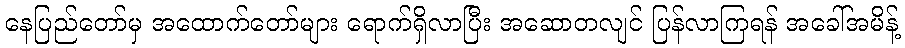
နေပြည်တော်မှ အထောက်တော်များ ရောက်ရှိလာပြီး အဆောတလျင် ပြန်လာကြရန် အခေါ်အမိန့်